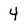
Character: 4